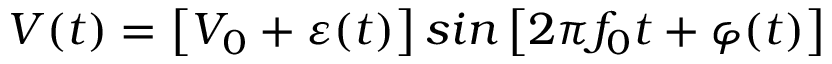
V ( t ) = \left[ V _ { 0 } + \varepsilon ( t ) \right] s i n \left[ 2 \pi f _ { 0 } t + \varphi ( t ) \right]